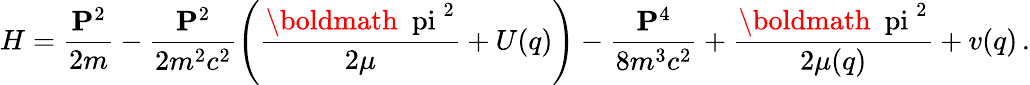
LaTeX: H=\frac{{\mathbf P}^{2}}{2m}-\frac{{\mathbf P}^{2}}{2m^{2}c^{2}}\left(\frac{{\mathrm{\boldmath~\ pi~}}^{2}}{2\mu}+U(q)\right)-\frac{{\mathbf P}^{4}}{8m^{3}c^{2}}+\frac{{\mathrm{\boldmath~\ pi~}}^{2}}{2\mu(q)}+v(q)\, .